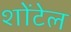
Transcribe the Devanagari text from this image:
शोंटेल